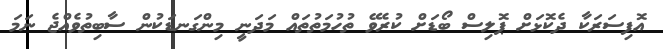
އޮފިސަރަކާ ދެކޮޅަށް ޕޮލިސް ބޯޑަށް ކުރެވޭ ތުހުމަތުތައް މަދަނީ މިންގަނޑަކުން ސާބިތުވެއްޖެ ނަމަ